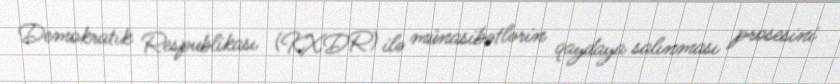
Demokratik Respublikası (KXDR) ilə münasibətlərin qaydaya salınması prosesini